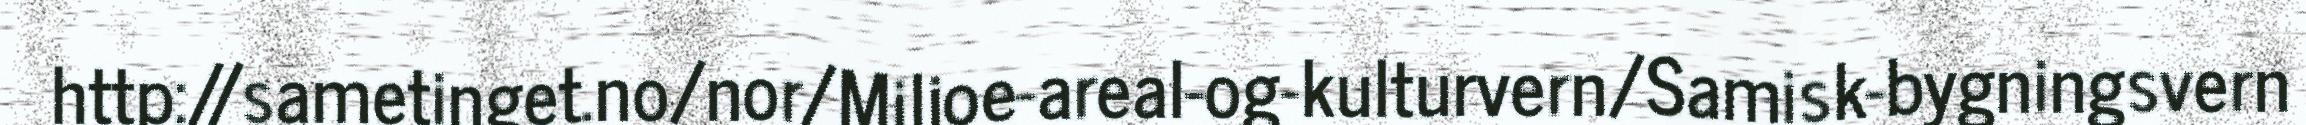
http://sametinget.no/nor/Miljoe-areal-og-kulturvern/Samisk-bygningsvern